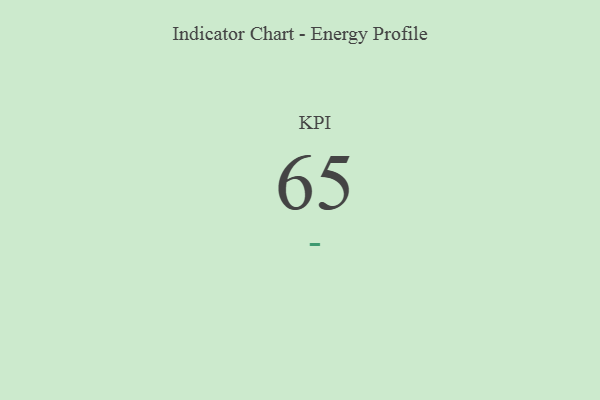
{"axis": {"x": "KPI", "y": "Value"}, "legend": [""], "data": [{"x": "KPI", "y": 65, "type": ""}]}